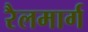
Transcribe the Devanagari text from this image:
रैलमार्ग